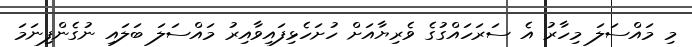
މި މައްސަލަ މިހާރު އެ ސަރަހައްގުގެ ވެރިޔާއަށް ހުށަހެޅިފައިވާއިރު މައްސަލަ ބަލައި ނުގެންފިނަމަ